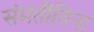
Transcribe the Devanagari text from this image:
संमतीविना